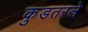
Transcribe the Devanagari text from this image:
कुडतरले